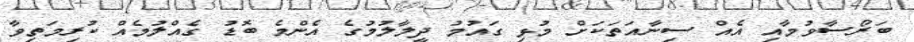
ބަރޯސާވުމާއި އެއް ސިނާއަތަކަށް މުޅި ގައުމު ދީލާލުމުގެ އެންމެ ބޮޑު ގެއްލުމެއް ކުރިމަތިވާ